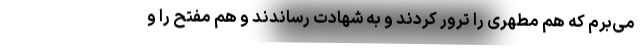
می‌برم که هم مطهری را ترور کردند و به شهادت رساندند و هم مفتح را و